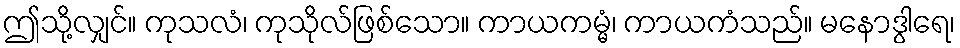
ဤသို့လျှင်။ ကုသလံ၊ ကုသိုလ်ဖြစ်သော။ ကာယကမ္မံ၊ ကာယကံသည်။ မနောဒွါရေ၊